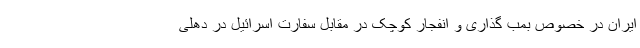
ایران در خصوص بمب گذاری و انفجار کوچک در مقابل سفارت اسرائیل در دهلی